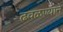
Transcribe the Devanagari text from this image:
ढवळण्याने